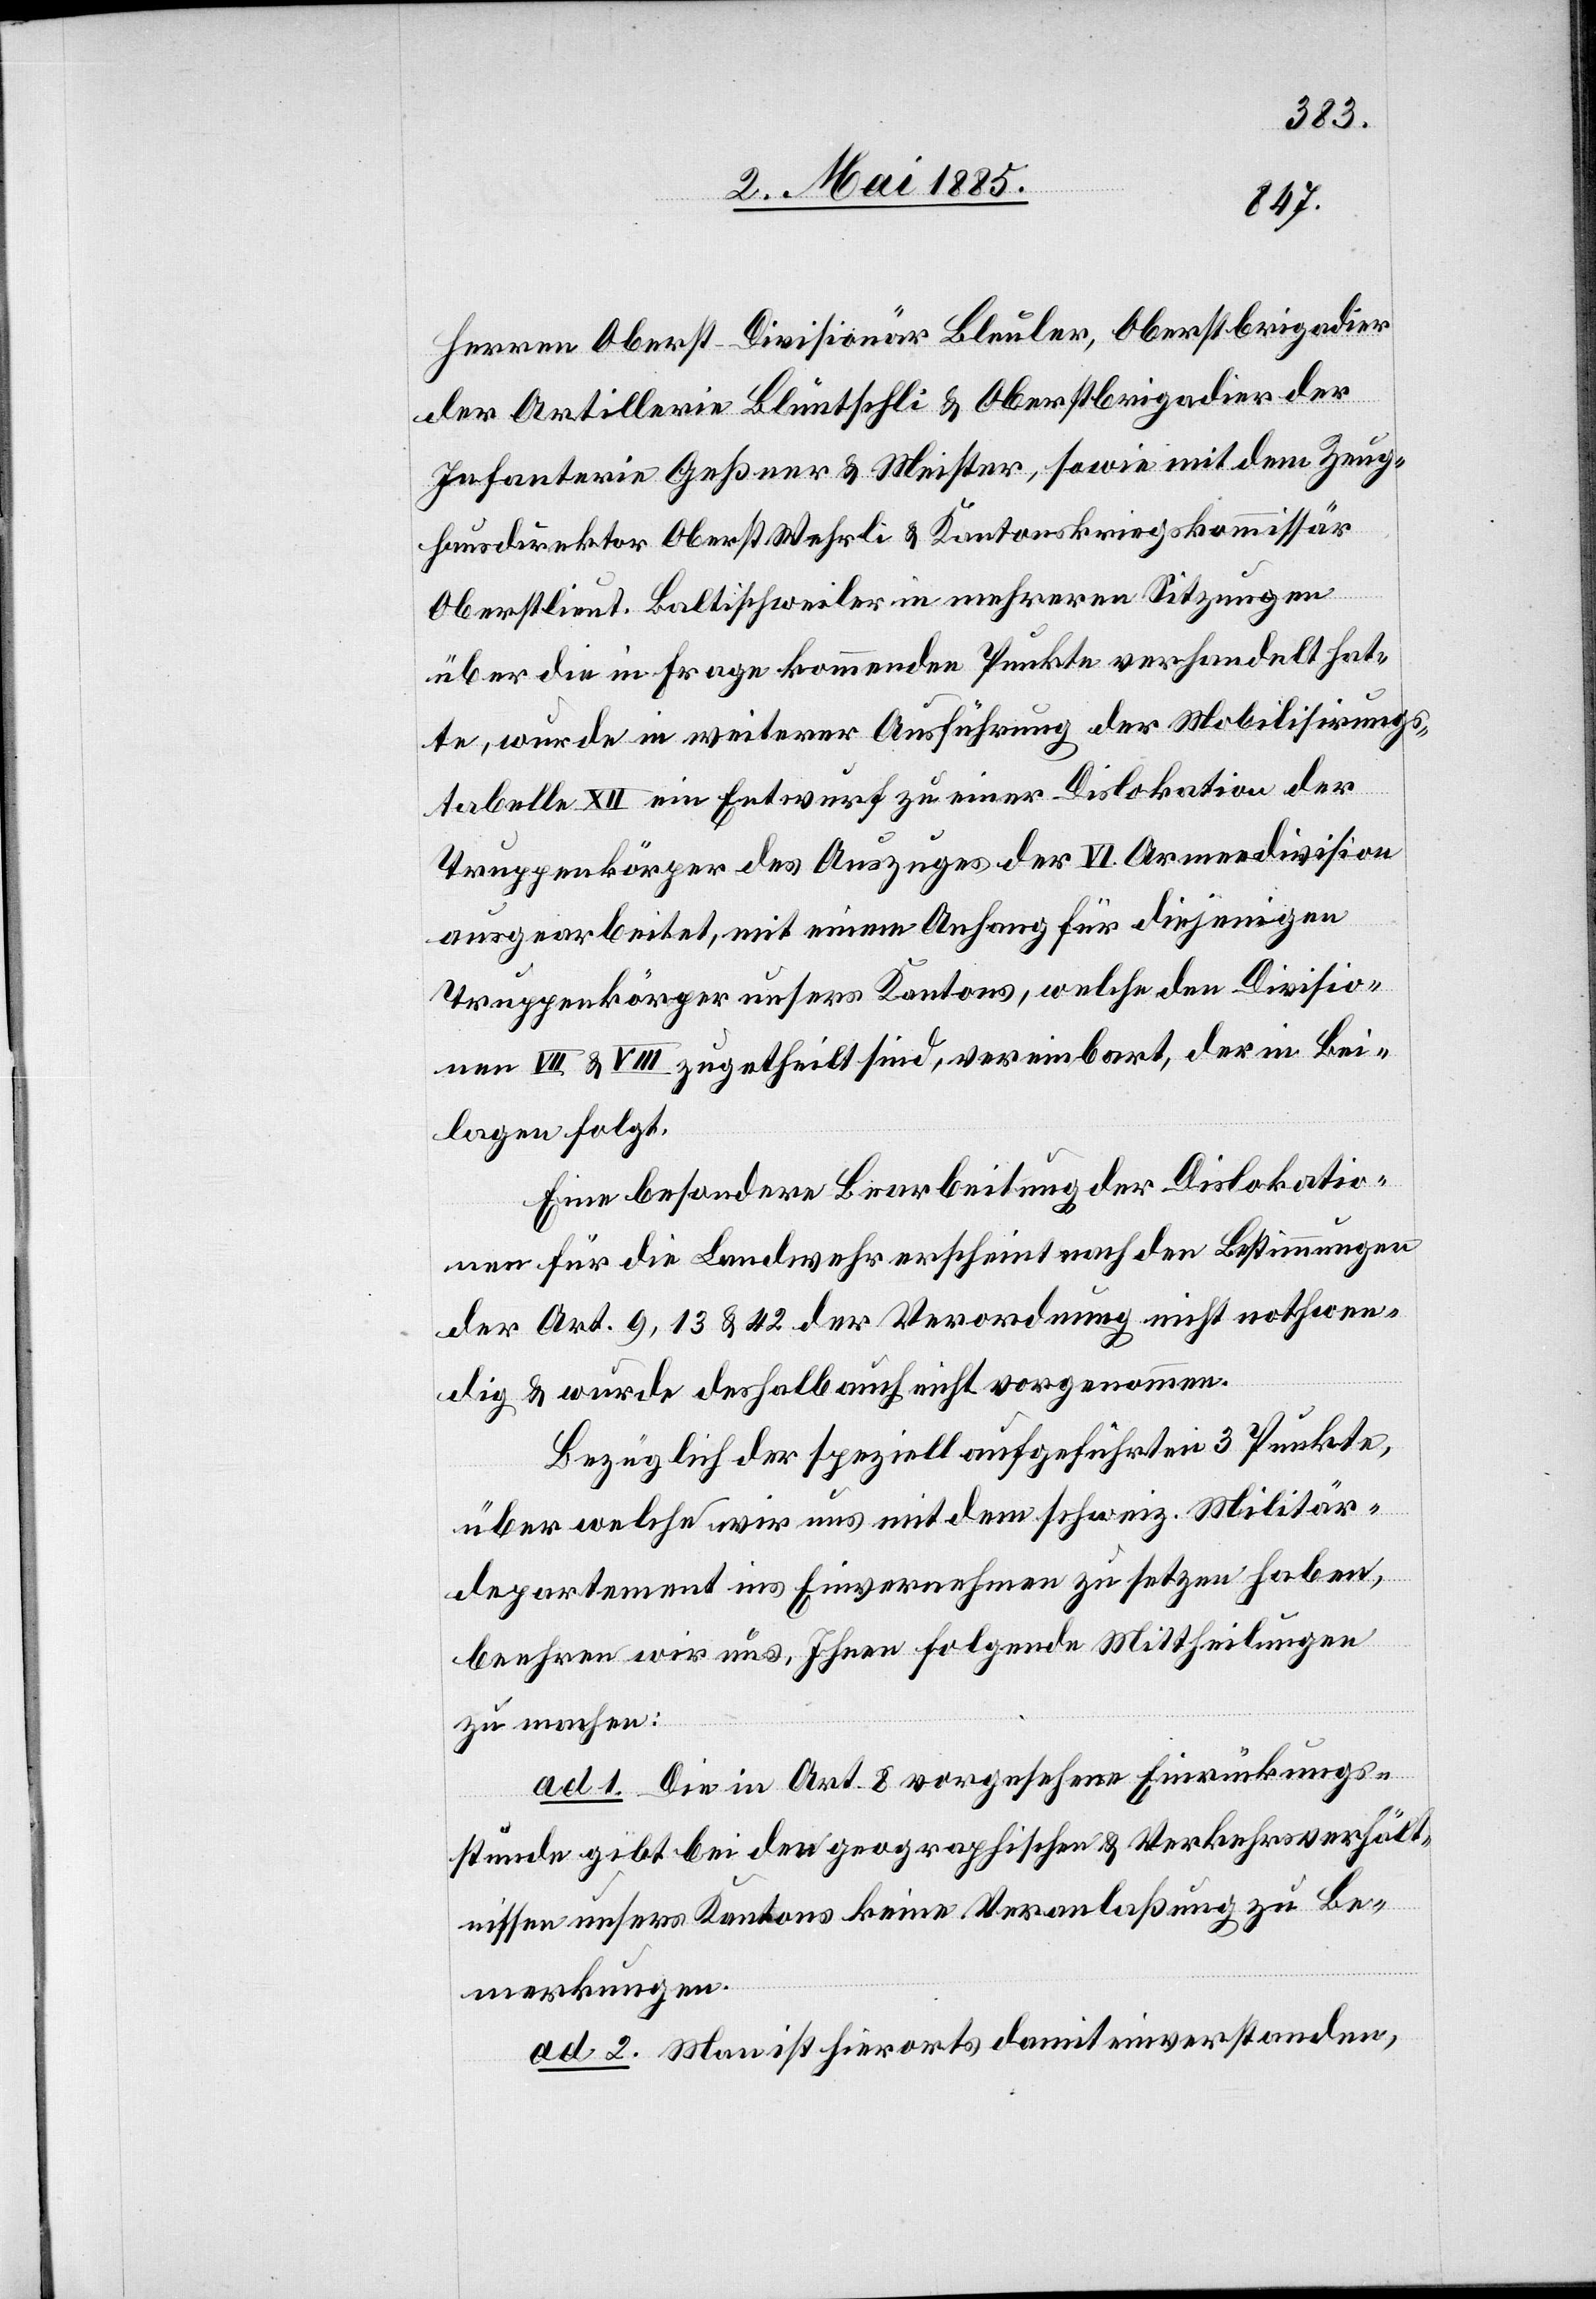
Herren Oberst-Divisionär Bleuler, Oberstbrigadier
der Artillerie Bluntschli & Oberstbrigadier der
Infanterie Geßner & Meister, sowie mit dem Zeug¬
hausdirektor Oberst Wehrli & Kantonskriegskommissär
Oberstlieut. Baltischweiler in mehreren Sitzungen
über die in Frage kommenden Punkte verhandelt hat¬
te, wurde in weiterer Ausführung der Mobilisirungs¬
tabelle XII ein Entwurf zu einer Dislokation der
Truppenkörper des Auszuges der VI. Armeedivision
ausgearbeitet, mit einem Anhang für diejenigen
Truppenkörper unsers Kantons, welche den Divisio¬
nen VII & VIII zugetheilt sind, vereinbart, der in Bei¬
lagen folgt.
Eine besondere Bearbeitung der Dislokatio¬
nen für die Landwehr erscheint nach den Bestimmungen
der Art. 9, 13 & 42 der Verordnung nicht nothwen¬
dig & wurde deshalb auch nicht vorgenommen.
Bezüglich der speziell aufgeführten 3 Punkte,
über welche wir uns mit dem schweiz. Militär¬
departement ins Einvernehmen zu setzen haben,
beehren wir uns, Ihnen folgende Mittheilungen
zu machen:
ad 1. Die in Art. 8 vorgesehene Einrückungs¬
stunde gibt bei den geographischen & Verkehrsverhält¬
nissen unseres Kantons keine Veranlaßung zu Be¬
merkungen.
ad 2. Man ist hierorts damit einverstanden,